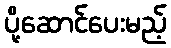
ပို့ဆောင်ပေးမည့်